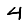
Digit: 4